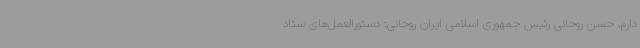
دارم. حسن روحانی رئیس جمهوری اسلامی ایران روحانی: دستورالعمل‌های ستاد